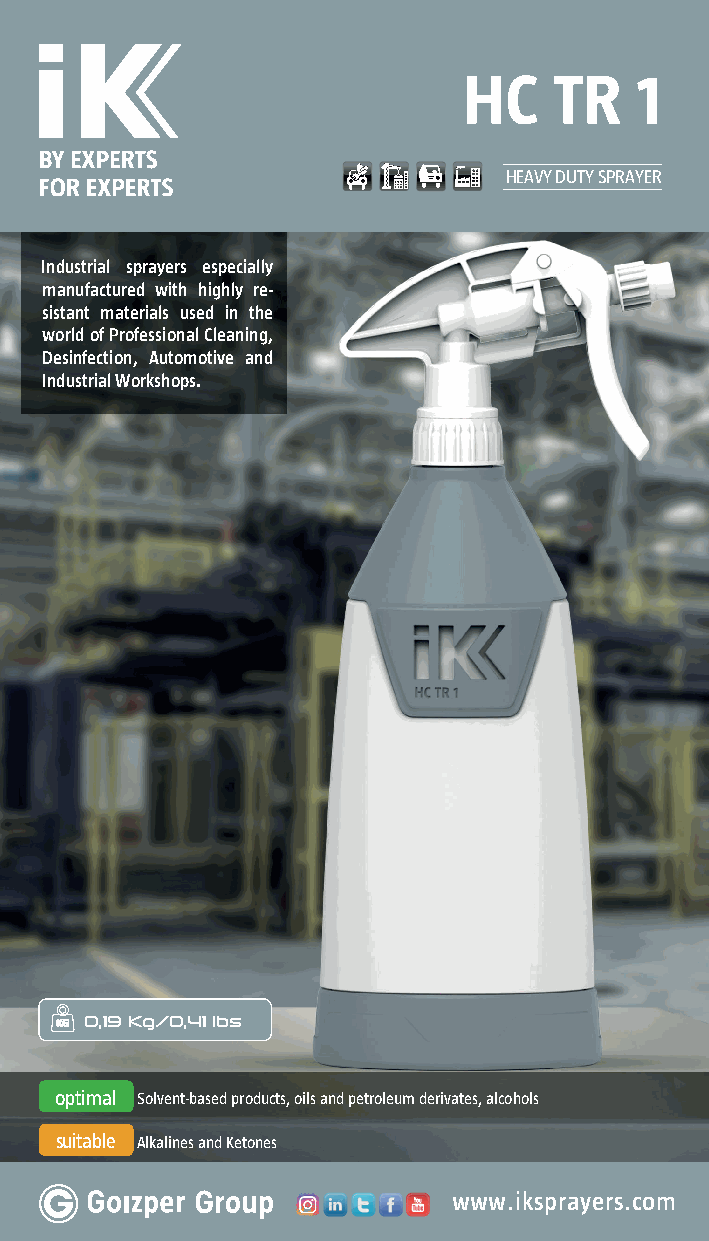
HC    TR   1
 HEAVY DUTY SPRAYER
 Industrial sprayers especially
 manufactured with highly re-
 sistant materials used in the
 world of Professional Cleaning,
 Desinfection, Automotive and
 Industrial Workshops.
 0,19 Kg/0,41 lbs
 optimal Solvent-based products, oils and petroleum derivates, alcohols
 suitable Alkalines and Ketones
 www.iksprayers.com